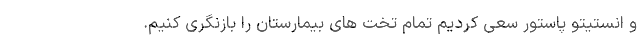
و انستیتو پاستور سعی کردیم تمام تخت های بیمارستان را بازنگری کنیم.